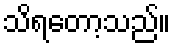
သိရတော့သည်။